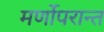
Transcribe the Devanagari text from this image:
मर्णोपरान्त